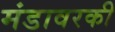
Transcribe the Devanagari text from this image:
मंडावरकी